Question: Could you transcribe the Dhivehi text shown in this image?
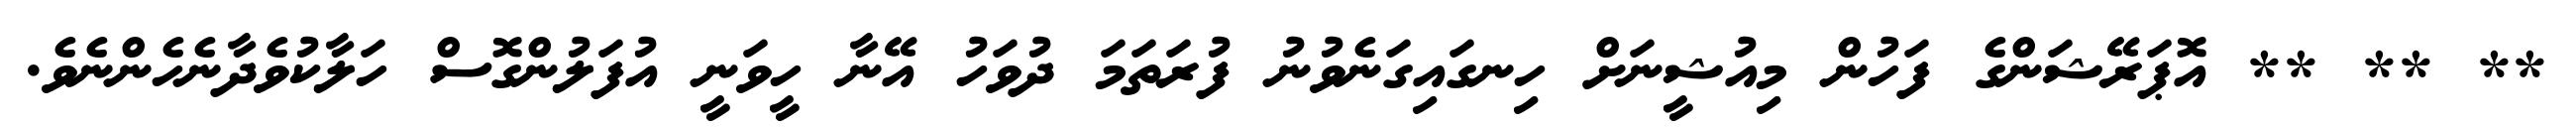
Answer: ** ** ** އޮޕަރޭޝަންގެ ފަހުން މިއުޝީނަށް ހިނގައިގަނެވުނު ފުރަތަމަ ދުވަހު އޭނާ ހީވަނީ އުފަލުންގޮސް ހަލާކުވެދާނެހެންނެވެ.